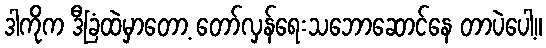
ဒါကိုက ဒီခြံထဲမှာတော့ တော်လှန်ရေးသဘောဆောင်နေ တာပဲပေါ့။